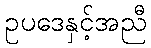
ဥပဒေနှင့်အညီ